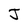
Character: J